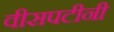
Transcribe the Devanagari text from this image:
वीसपटीनी